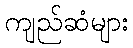
ကျည်ဆံများ